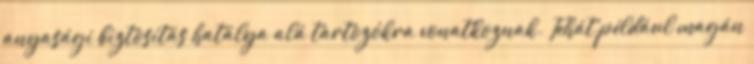
anyasági biztosítás hatálya alá tartozókra vonatkoznak. Tehát például magán